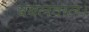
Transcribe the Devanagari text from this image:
बबलवाल।